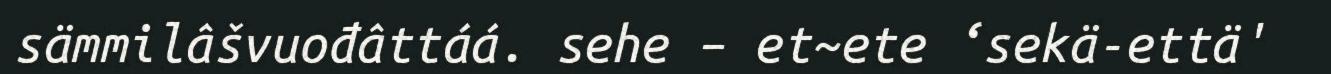
sämmilâšvuođâttáá. sehe – et~ete ‘sekä-että'